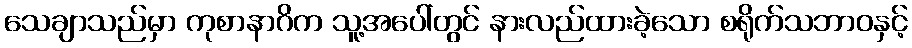
သေချာသည်မှာ ကုစာနာဂိက သူ့အပေါ်တွင် နားလည်ထားခဲ့သော စရိုက်သဘာဝနှင့်